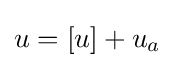
u=[u]+u_{a}